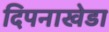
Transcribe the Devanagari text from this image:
दिपनाखेडा